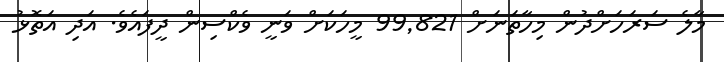
މާލެ ސަރަހަށްދުން މިހާތަނަށް 99